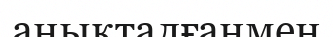
анықталғанмен